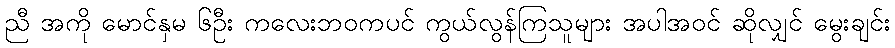
ညီ အကို မောင်နှမ ၆ဦး ကလေးဘဝကပင် ကွယ်လွန်ကြသူများ အပါအဝင် ဆိုလျှင် မွေးချင်း